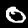
Label: 0